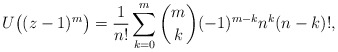
\begin{align*} U\bigl((z-1)^m\bigr) = \frac1{n!} \sum_{k=0}^m \binom{m}{k} (-1)^{m-k} n^k (n-k)!, \end{align*}